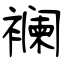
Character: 襕